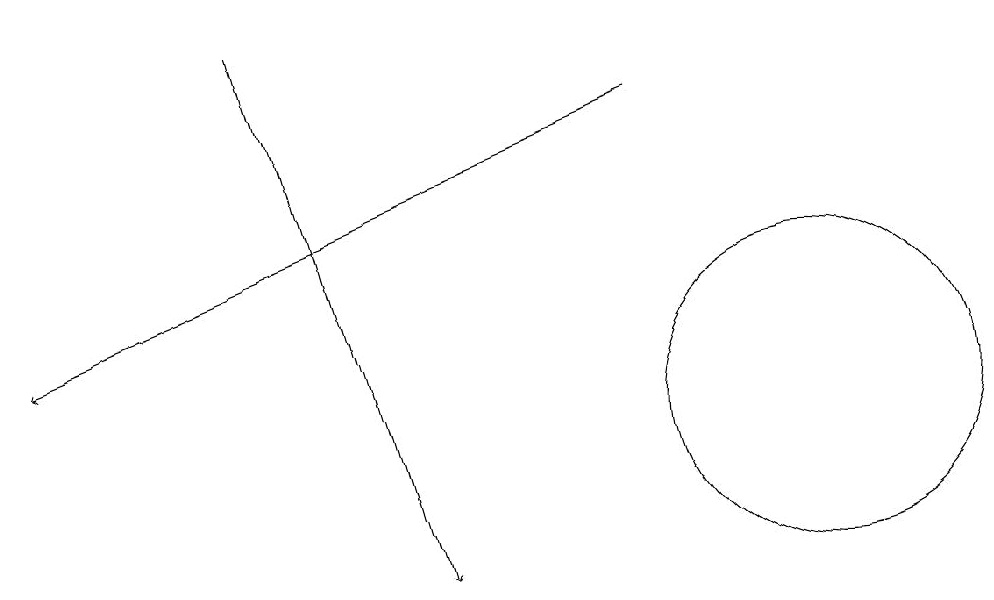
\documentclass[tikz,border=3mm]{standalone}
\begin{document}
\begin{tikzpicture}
\draw[->] (9,16) -- (1,13);
\draw (11,12) circle (2);
\draw[->] (4,17) -- (6,10);
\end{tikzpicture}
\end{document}